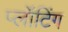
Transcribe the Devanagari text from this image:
प्लॉटिंग